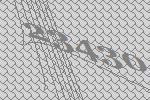
23430